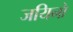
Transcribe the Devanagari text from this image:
जयिनो